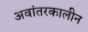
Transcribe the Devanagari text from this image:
अवांतरकालीन